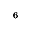
^ 6